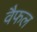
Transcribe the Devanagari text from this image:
वैफल